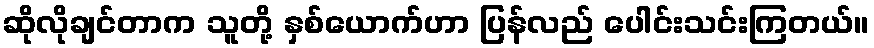
ဆိုလိုချင်တာက သူတို့ နှစ်ယောက်ဟာ ပြန်လည် ပေါင်းသင်းကြတယ်။